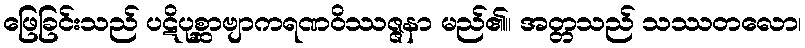
ဖြေခြင်းသည် ပဋိပုစ္ဆာဗျာကရဏဝိဿဇ္ဇနာ မည်၏။ အတ္တသည် သဿတလော၊